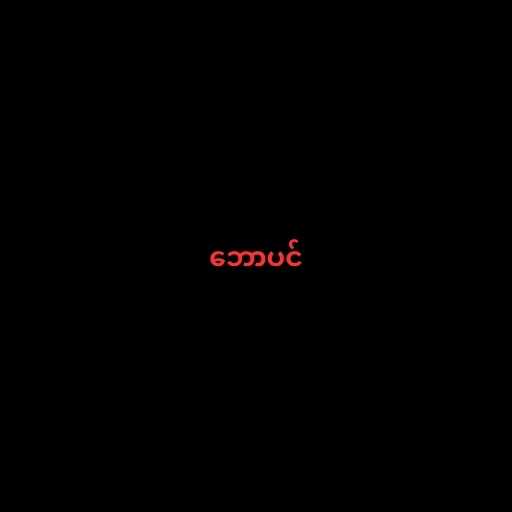
ဘောပင်